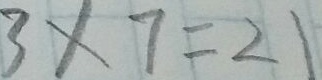
3 \times 7 = 2 1